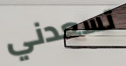
تسعدني